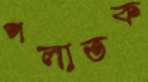
পলাতক